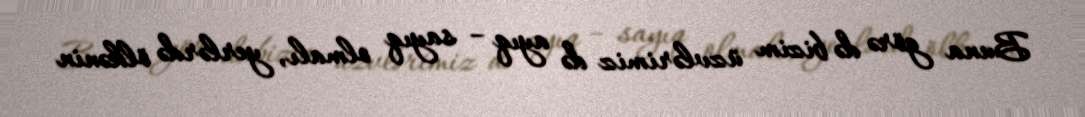
Buna görə də bizim üzvlərimiz də ayıq – sayıq olmalı, yerlərdə ölkənin